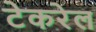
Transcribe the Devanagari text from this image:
टेकरेल